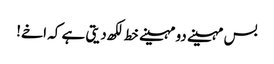
بس مہینے دو مہینے خط لکھ دیتی ہے کہ اخے!